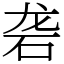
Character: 砻